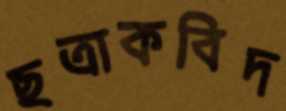
ছত্রাকবিদ